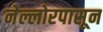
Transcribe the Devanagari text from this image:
नेल्लोरपासून